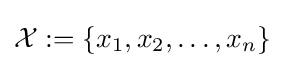
{\textstyle {\mathcal {X}}:=\{x_{1},x_{2},\dots ,x_{n}\}}